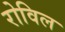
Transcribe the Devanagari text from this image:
रोविल